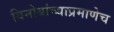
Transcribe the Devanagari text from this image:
विनोबांच्याप्रमाणेच